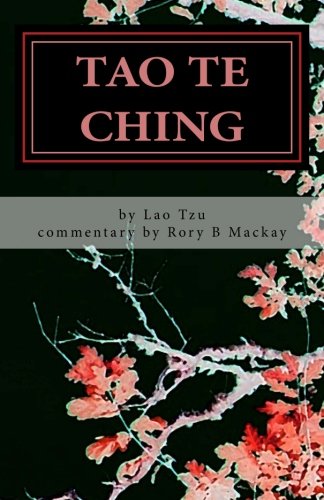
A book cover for Tao Te Ching (with commentary); Rory B Mackay; Religion & Spirituality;